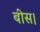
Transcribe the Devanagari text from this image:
बीस।